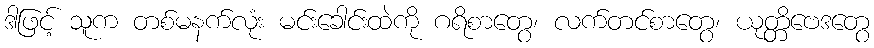
ဒါဖြင့် သူက တစ်မနက်လုံး မင်းခေါင်းထဲကို ဂရိစာတွေ၊ လက်တင်စာတွေ၊ ယုတ္တိဗေဒတွေ